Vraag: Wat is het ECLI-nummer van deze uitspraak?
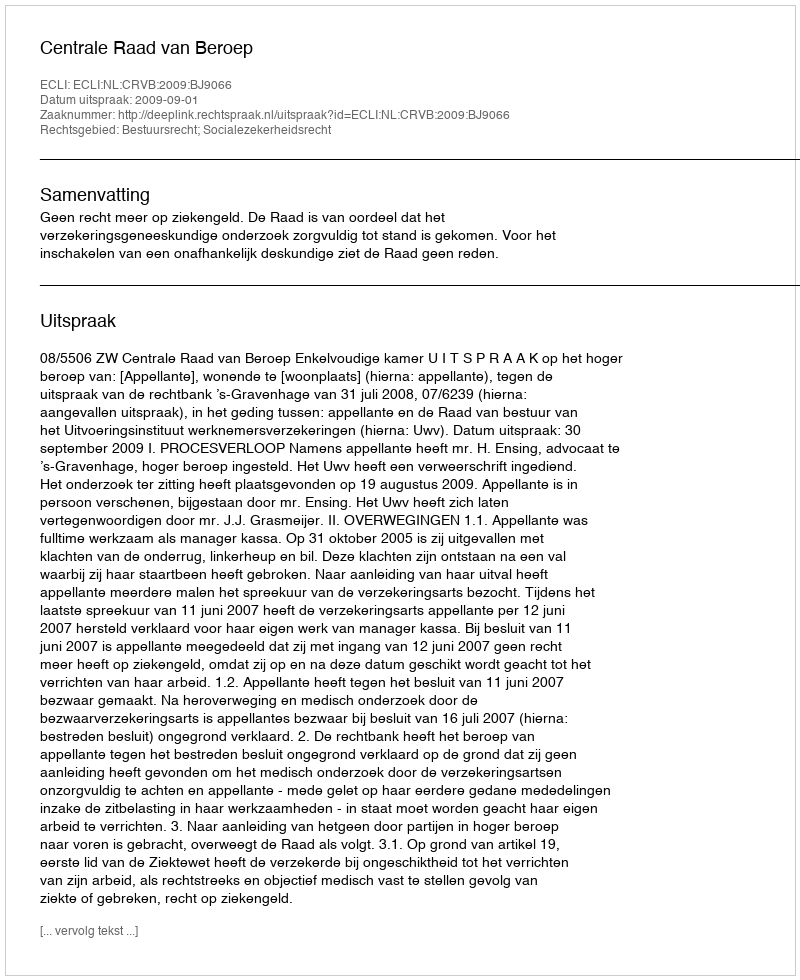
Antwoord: ECLI:NL:CRVB:2009:BJ9066